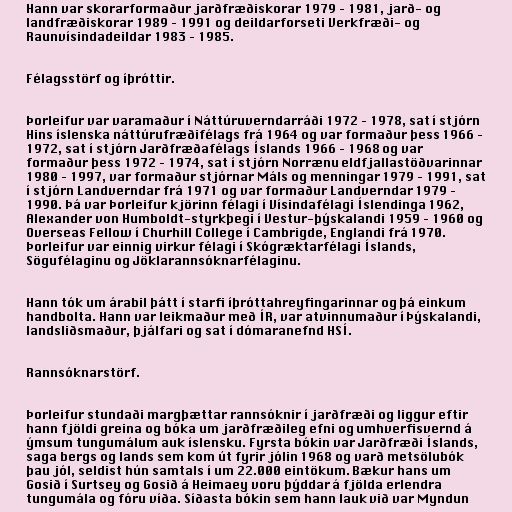
Hann var skorarformaður jarðfræðiskorar 1979 – ­1981, jarð- og
landfræðiskorar 1989 – 19­91 og deildarforseti Verkfræði- og
Raunvísindadeildar 1983 – 1985.

Félagsstörf og íþróttir.

Þorleifur var varamaður í Náttúruverndarráði 1972 – 1978, sat í stjórn
Hins íslenska náttúrufræðifélags frá 1964 og var formaður þess 1966­ –
1972, sat í stjórn Jarðfræðafélags Íslands 1966 – 1968 og var
formaður þess 1972 – 1974, sat í stjórn Norrænu eldfjallastöðvarinnar
1980 – 1997, var formaður stjórnar Máls og menningar 1979­ – 1991, sat
í stjórn Landverndar frá 1971 og var formaður Landverndar 1979 –
1990. Þá var Þorleifur kjörinn félagi í Vísindafélagi Íslendinga 1962,
Alexander von Humboldt-styrkþegi í Vestur-þýskalandi 1959­ – 1960 og
Overseas Fellow í Churhill College í Cambrigde, Englandi frá 1970.
Þorleifur var einnig virkur félagi í Skógræktarfélagi Íslands,
Sögufélaginu og Jöklarannsóknarfélaginu.

Hann tók um árabil þátt í starfi íþróttahreyfingarinnar og þá einkum
handbolta. Hann var leikmaður með ÍR, var atvinnumaður í Þýskalandi,
landsliðsmaður, þjálfari og sat í dómaranefnd HSÍ.

Rannsóknarstörf.

Þorleifur stundaði margþættar rannsóknir í jarðfræði og liggur eftir
hann fjöldi greina og bóka um jarðfræðileg efni og umhverfisvernd á
ýmsum tungumálum auk íslensku. Fyrsta bókin var Jarðfræði Íslands,
saga bergs og lands sem kom út fyrir jólin 1968 og varð metsölubók
þau jól, seldist hún samtals í um 22.000 eintökum. Bækur hans um
Gosið í Surtsey og Gosið á Heimaey voru þýddar á fjölda erlendra
tungumála og fóru víða. Síðasta bókin sem hann lauk við var Myndun